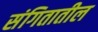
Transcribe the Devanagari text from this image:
संगितातील